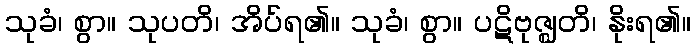
သုခံ၊ စွာ။ သုပတိ၊ အိပ်ရ၏။ သုခံ၊ စွာ။ ပဋိဗုဇ္ဈတိ၊ နိုးရ၏။